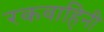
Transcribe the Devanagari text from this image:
रकवाहिनी